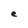
Character: e